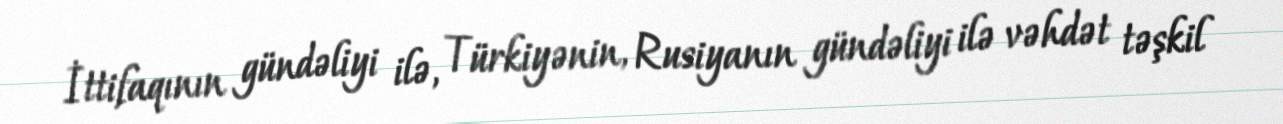
İttifaqının gündəliyi ilə, Türkiyənin, Rusiyanın gündəliyi ilə vəhdət təşkil